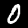
Digit: 0